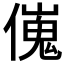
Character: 𠎺